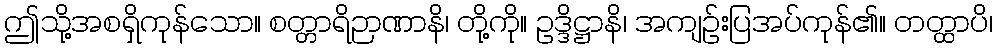
ဤသို့အစရှိကုန်သော။ စတ္တာရိဉာဏာနိ၊ တို့ကို။ ဥဒ္ဒိဋ္ဌာနိ၊ အကျဉ်းပြအပ်ကုန်၏။ တတ္ထာပိ၊